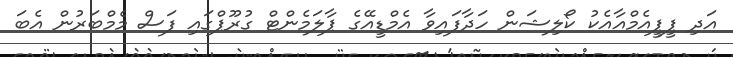
އަދި ޕީޕީއެމްއާއެކު ކޯލިޝަން ހަދާފައިވާ އެމްޑީއޭގެ ޕާލަމެންޓް ގުރޫޕްގައި ފަސް މެމްބަރުން އެބަ